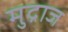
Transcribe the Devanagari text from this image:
मुद्राज